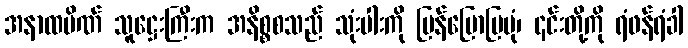
အနာထပိဏ် သူဋ္ဌေးကြီးက အနိစ္စစသည် သုံးပါးကို ပြန်ပြောပြပုံ၊ ၎င်းတို့ကို ရံဖန်ရံခါ